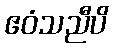
ဧဝံသညီပိ